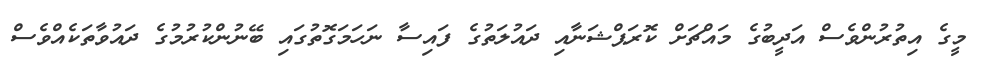
މީގެ އިތުރުންވެސް އަދީބުގެ މައްޗަށް ކޮރަޕްޝަނާއި ދައުލަތުގެ ފައިސާ ނަހަމަގޮތުގައި ބޭނުންކުރުމުގެ ދައުވާތަކެއްވެސް